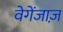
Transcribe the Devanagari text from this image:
वेगेंजाज़